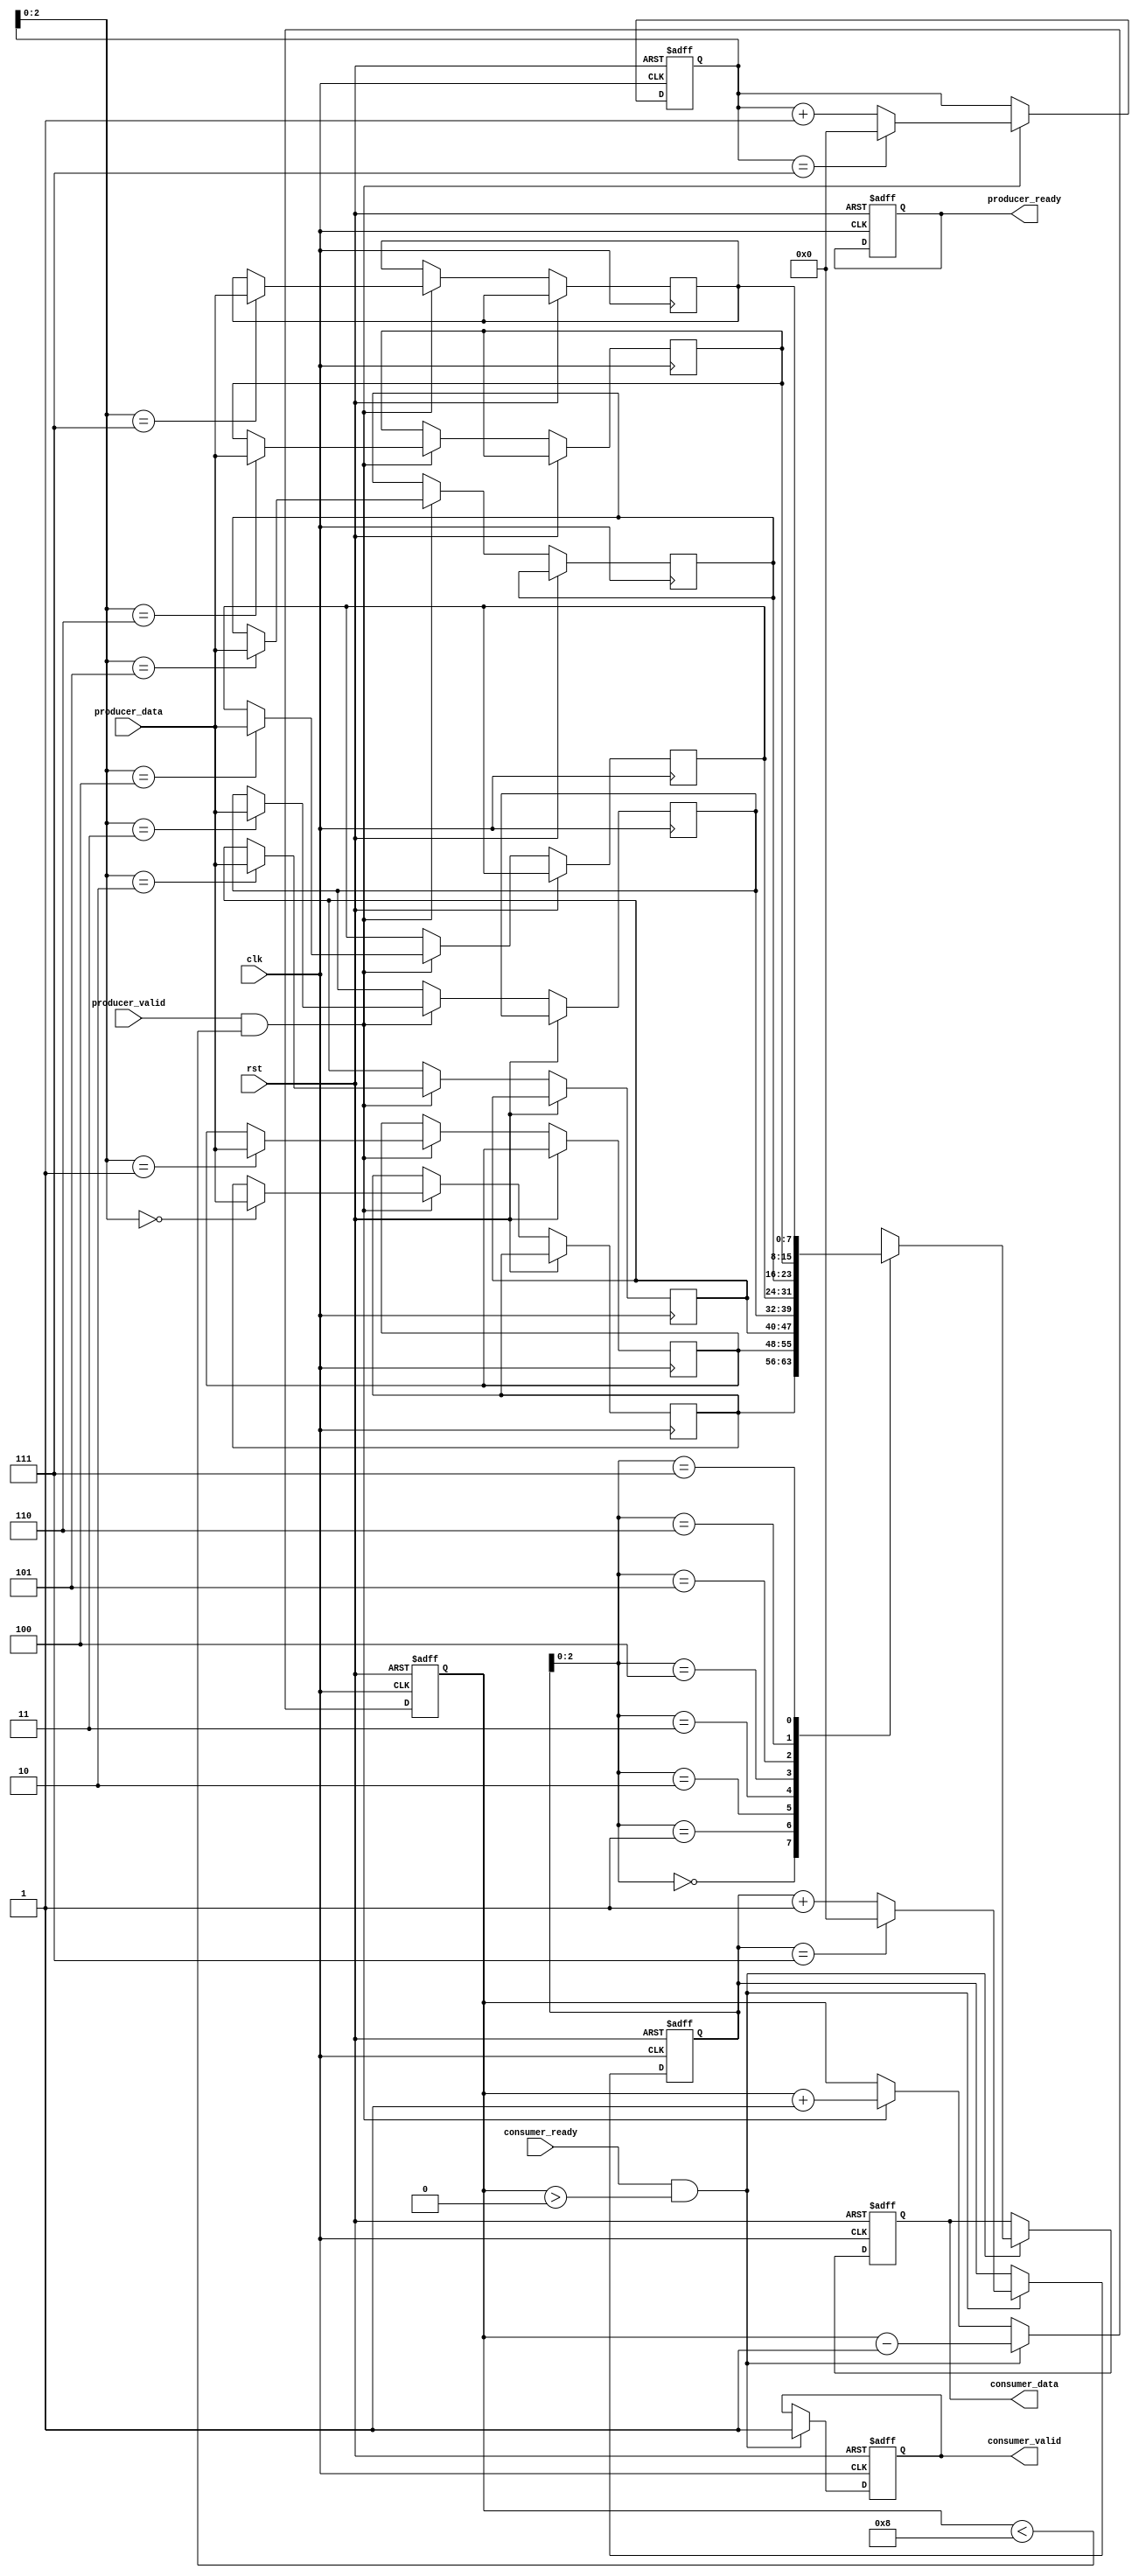
module almost_empty_fifo (
    input wire clk,
    input wire rst,
    input wire producer_valid,
    input wire [DATA_WIDTH-1:0] producer_data,
    output reg producer_ready,
    input wire consumer_ready,
    output reg consumer_valid,
    output reg [DATA_WIDTH-1:0] consumer_data
);

parameter FIFO_DEPTH = 8;
parameter DATA_WIDTH = 8;

reg [DATA_WIDTH-1:0] fifo [0:FIFO_DEPTH-1];
reg [3:0] head = 0;
reg [3:0] tail = 0;
reg [3:0] count = 0;
reg almost_empty;
reg [FIFO_DEPTH-2:0] empty_threshold = (FIFO_DEPTH-1) / 2;

// Timing control and synchronization logic
always @(posedge clk or posedge rst) begin
    if (rst) begin
        head <= 0;
        tail <= 0;
        count <= 0;
        producer_ready <= 1;
        consumer_valid <= 0;
        consumer_data <= 0;
    end else begin
        if (producer_valid && count < FIFO_DEPTH) begin
            fifo[tail] <= producer_data;
            tail <= (tail == (FIFO_DEPTH-1)) ? 0 : (tail + 1);
            count <= count + 1;
        end
        
        if (consumer_ready && count > 0) begin
            consumer_valid <= 1;
            consumer_data <= fifo[head];
            head <= (head == (FIFO_DEPTH-1)) ? 0 : (head + 1);
            count <= count - 1;
        end
        
        if (count <= empty_threshold) begin
            almost_empty <= 1;
        end else begin
            almost_empty <= 0;
        end
    end
end

endmodule